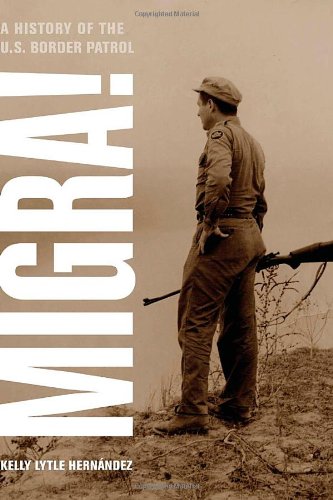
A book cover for Migra!: A History of the U.S. Border Patrol (American Crossroads); Kelly Lytle Hernandez; History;